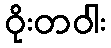
ဝိုးတဝါး